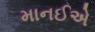
માનઈએ